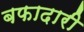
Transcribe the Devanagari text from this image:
बफादारी